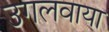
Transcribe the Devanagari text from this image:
उगलवाया